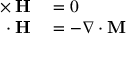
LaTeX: \begin{array} { r l } { \mathbf { \nabla \times H } } & { { } = 0 } \\ { \mathbf { \nabla \cdot H } } & { { } = - \nabla \cdot \mathbf { M } } \end{array}